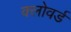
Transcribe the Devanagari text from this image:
क्लोवर्ड